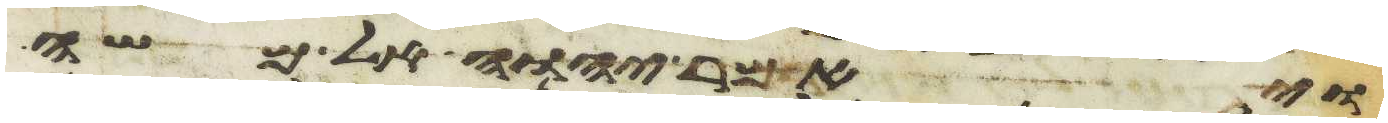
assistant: ויאמר יהוה אל משה